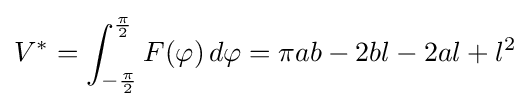
V^{*}=\int _{-{\frac {\pi }{2}}}^{\frac {\pi }{2}}F(\varphi )\,d\varphi =\pi ab-2bl-2al+l^{2}